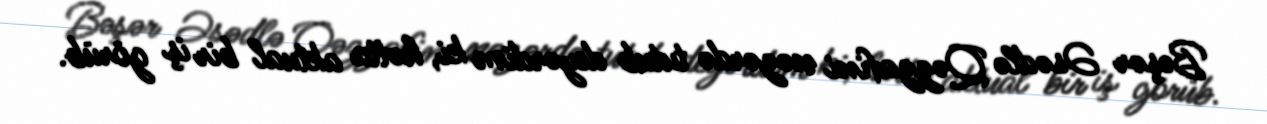
Bəşər Əsədlə Qəzzafini nəzərdə tutub deyərdim ki, hətta aktual bir iş görüb.